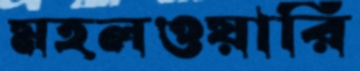
মহলওয়ারি